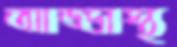
আড্ডাস্থ